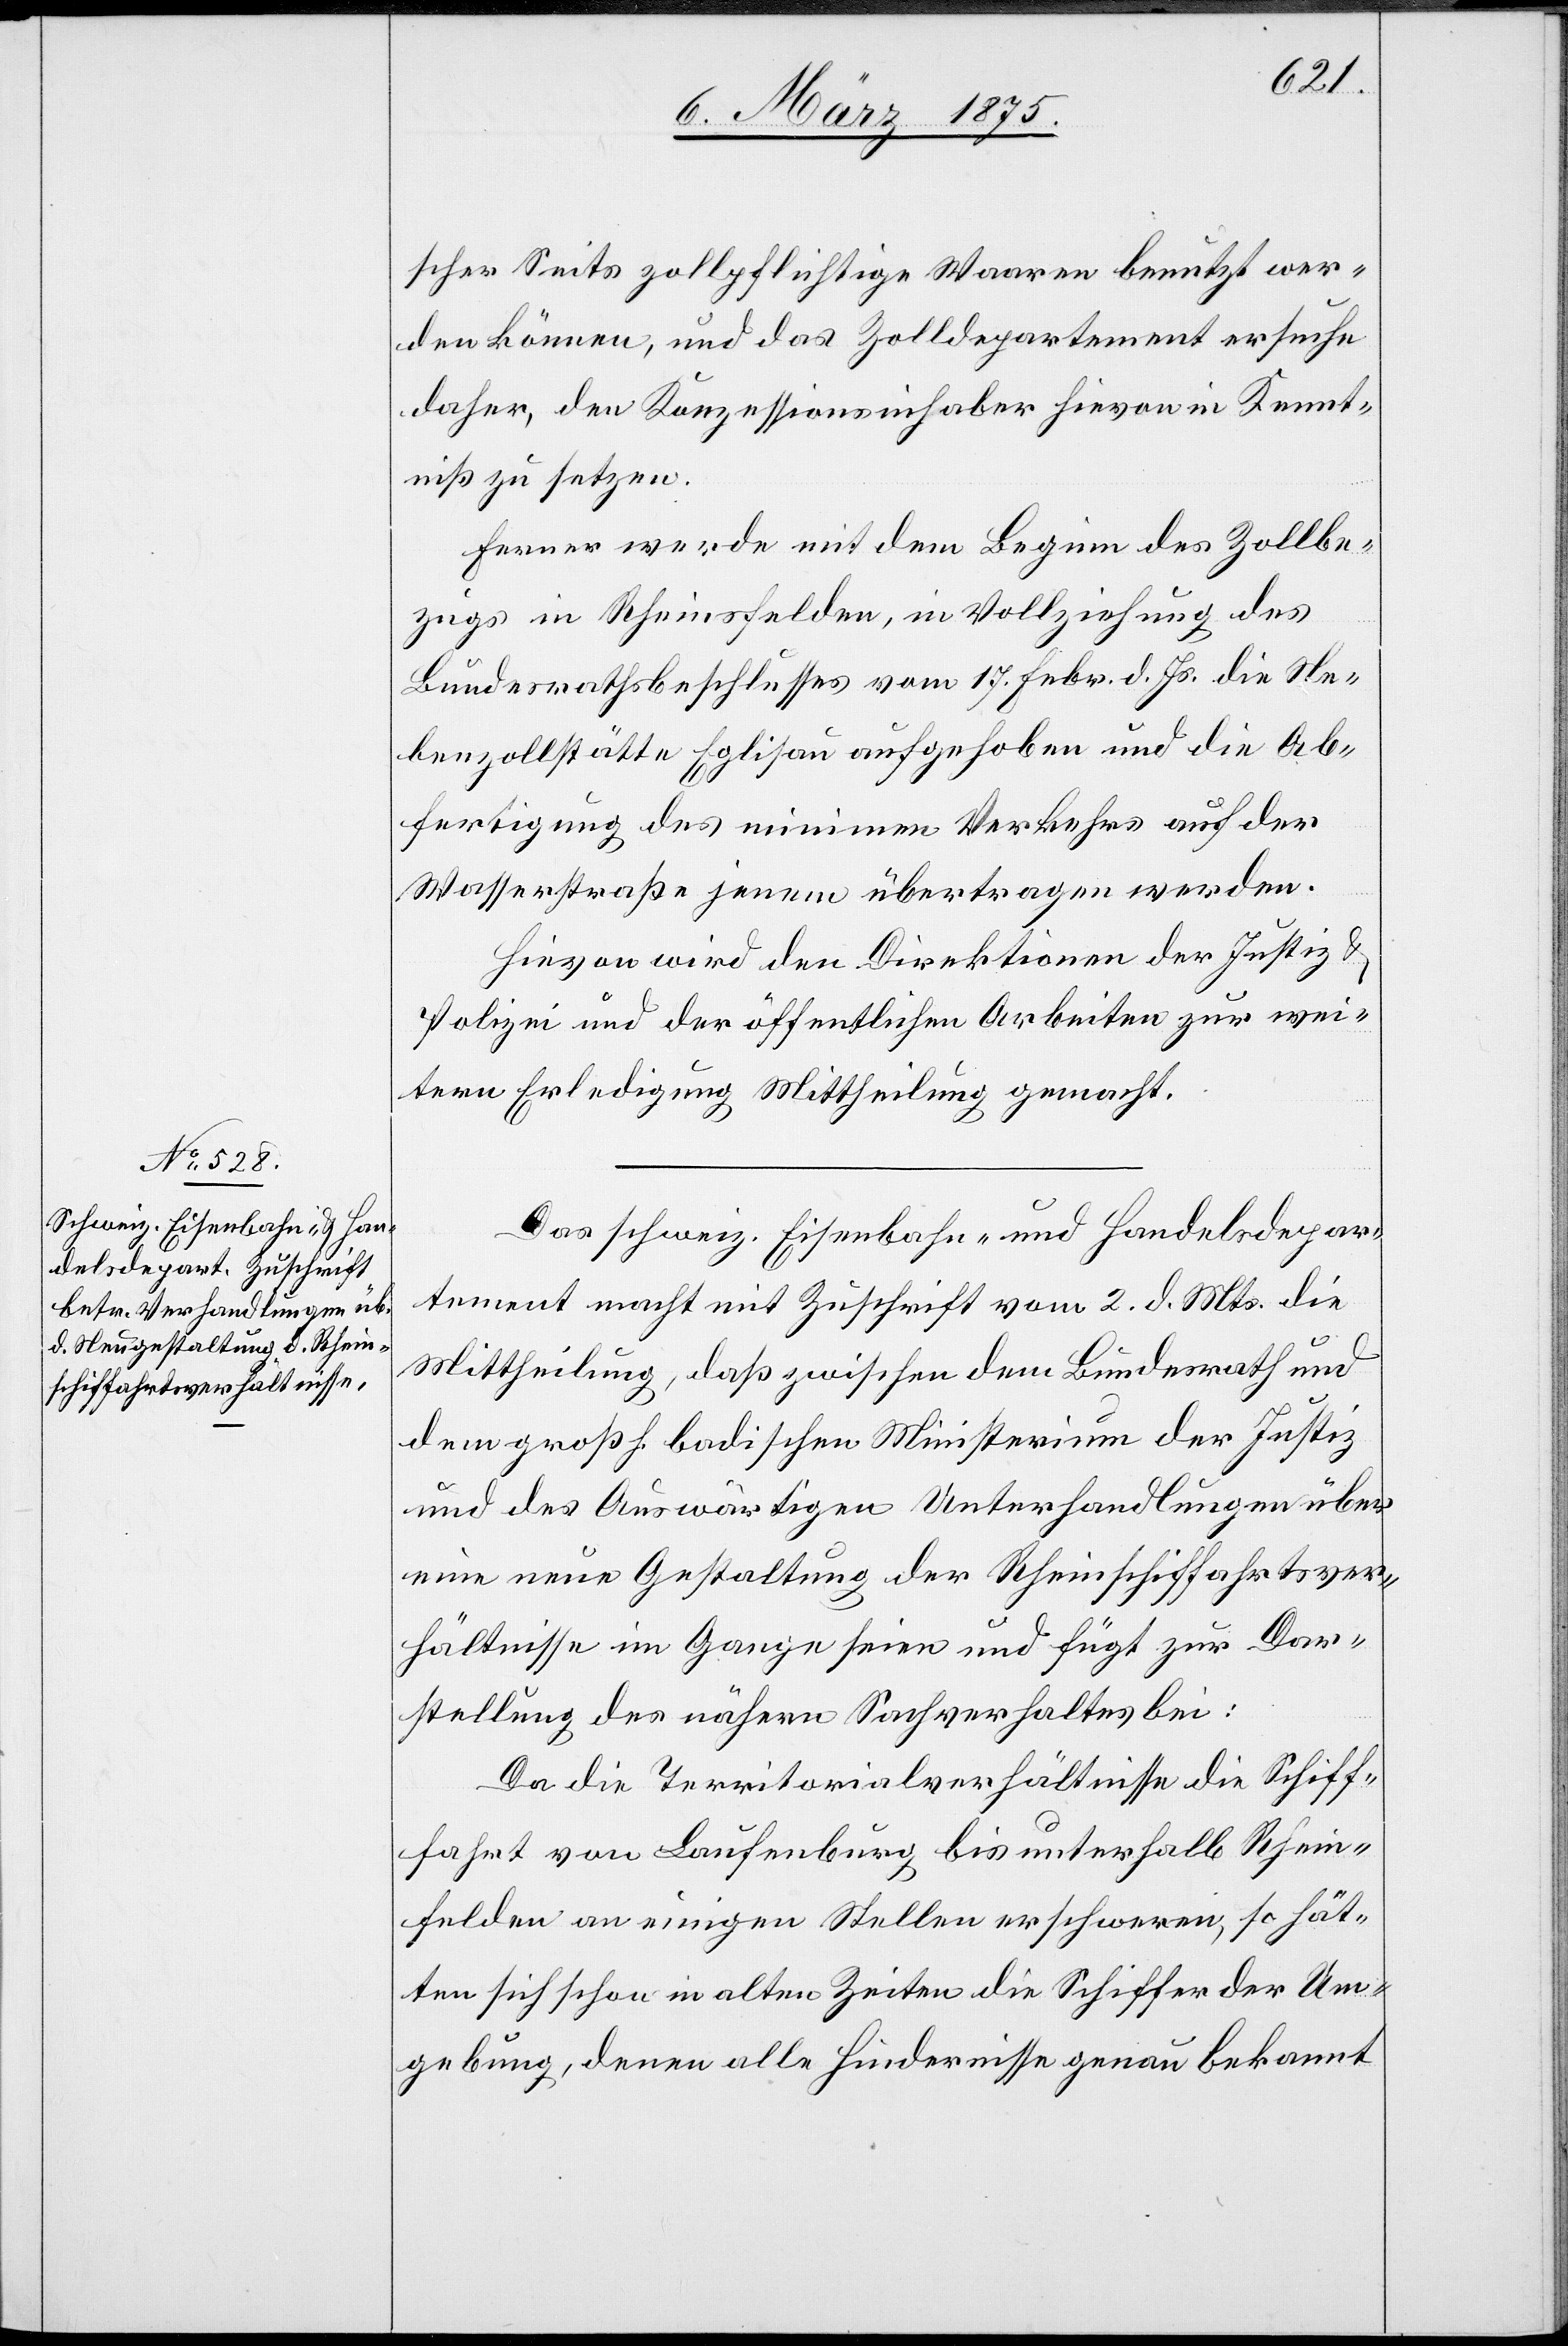
scher Seits zollpflichtige Waren benutzt wer¬
den können, und das Zolldepartement ersuche
daher, den Konzessionsinhaber hievon in Kennt¬
niß zu setzen.
Das schweiz. Eisenbahn- & Handelsdepar¬
tement macht mit Zuschrift vom 2. d. Mts. die
Mittheilung, daß zwischen dem Bundesrath und
dem großh. badischen Ministerium der Justiz
und des Auswärtigen Unterhandlungen über
eine neue Gestaltung der Rheinschiffahrtsver¬
hältnisse im Gange seien und fügt zur Dar¬
stellung des nähern Sachverhaltes bei:
Da die Territorialverhältnisse die Schiff¬
fahrt von Laufenburg bis unterhalb Rhein¬
felden an einigen Stellen erschweren, so hät¬
ten sich schon in alten Zeiten die Schiffer der Um¬
gebung, denen alle Hindernisse genau bekannt